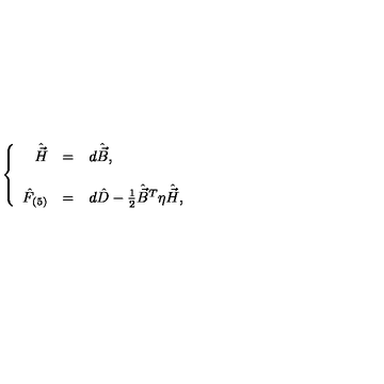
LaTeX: \left\{ \begin{array} { r c l } { \hat { \vec { H } } } & { = } & { d \hat { \vec { B } } , } \\ { } & { } & { } \\ { \hat { F } _ { ( 5 ) } } & { = } & { d \hat { D } - { \textstyle \frac { 1 } { 2 } } \hat { \vec { B } } { } ^ { T } \eta \hat { \vec { H } } , } \\ \end{array} \right.